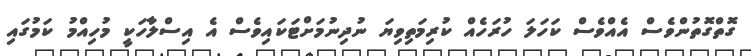
ގޮތްގޮތުންވެސް އެއްވެސް ކަހަލަ ހުރަހެއް ކުރިމަތިވިޔަ ނުދިނުމަށްޓަކައިވެސް އެ އިސްލާހަކީ މުހިއްމު ކަމުގައި